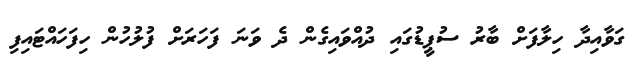
ގަވާއިދާ ހިލާފަށް ބާރު ސުޕީޑުގައި ދުއްވައިގެން ދެ ވަނަ ފަހަރަށް ފުލުހުން ހިފަހައްޓައިފި